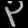
Digit: ၃